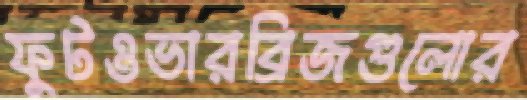
ফুটওভারব্রিজগুলোর